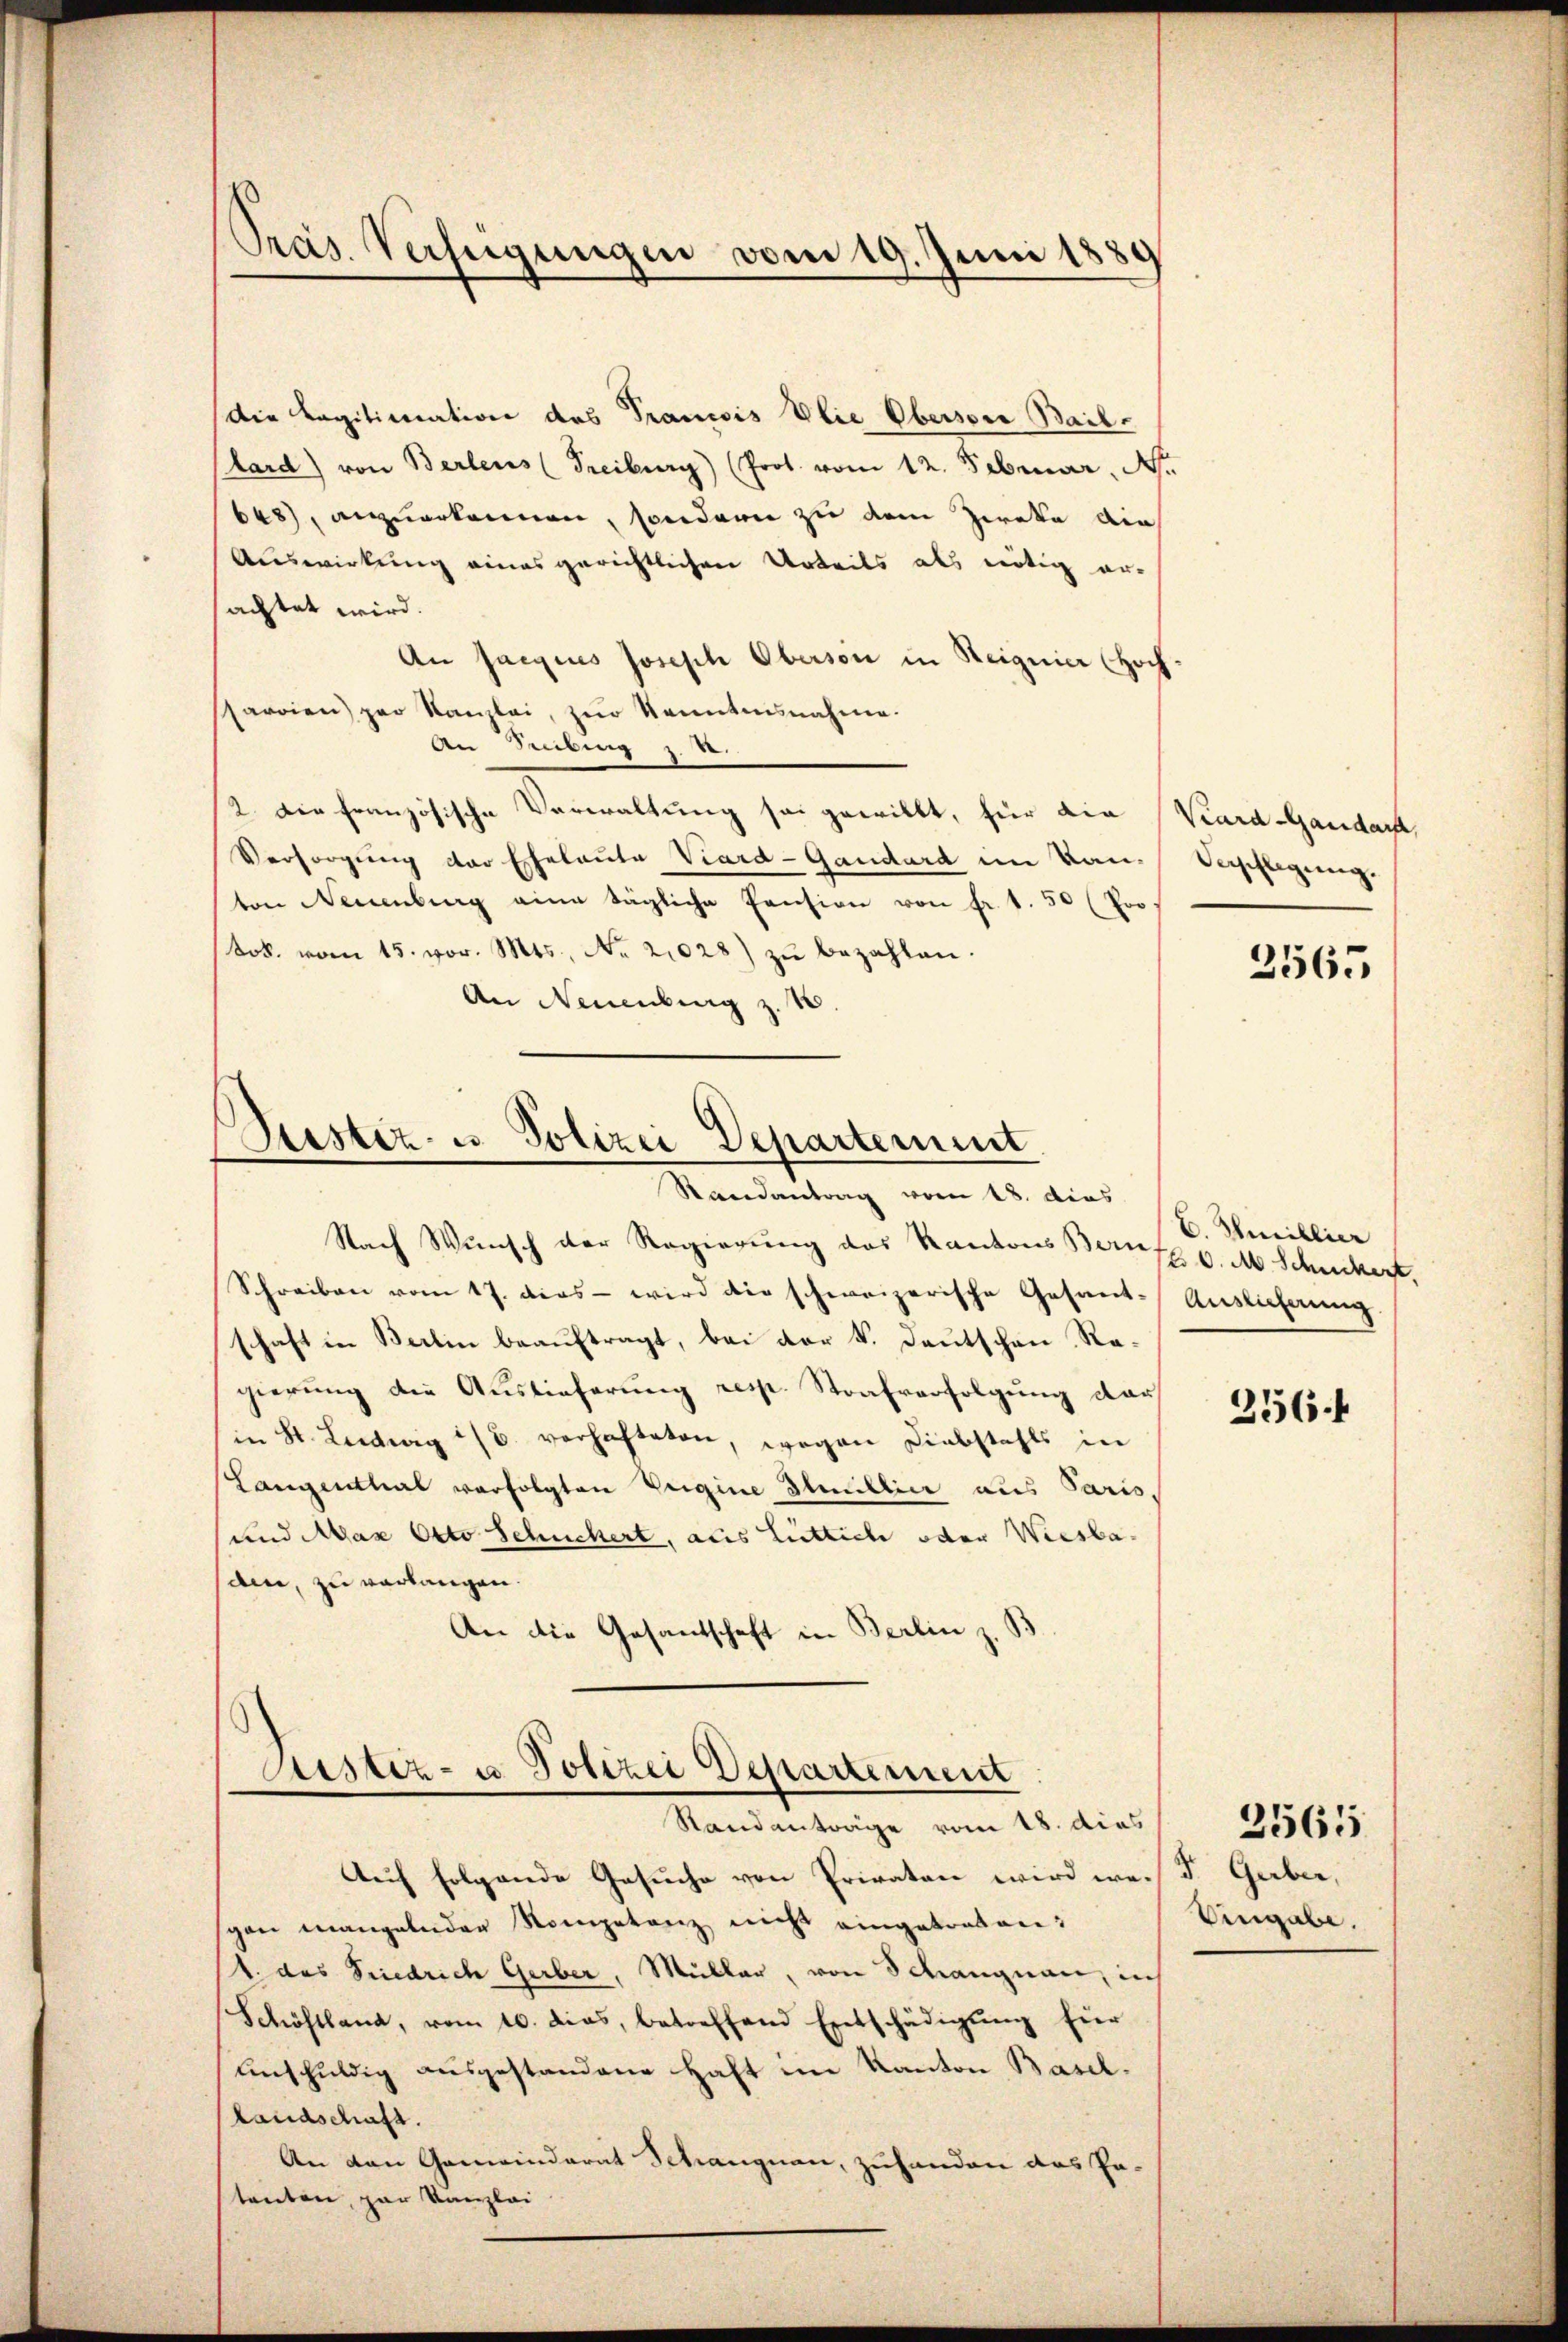
Pras. Verfeigungen vom 19. Juni 1889

Die Legitimation des Prancois Die Obersone Bail-
(ard) von Berlens (Freiburg) (Prot. vom 12. Februar, Nr.
648), anzuerkennen, sondern zu dem Zweke die
Auswirkung eines gerichtlichen Urteils als nötig er-
achtet wird.
An Jacques Joseph Oberson in Heignier (Hochsaroien) per Kanzlei, zur Kenntnisnahme.
An Sebing z. B.
2. Die französische Verwaltung sei gewillt, für die Kard-Gandarf,
Versorgung der Eheleute Viard-Gaudard im Kan- Verpflegung.
ton Neuenburg eine tägliche Pension von fr. 1.50 (Poo
(tob. vom 15. vor. Mts., Nr. 2028 zŭ bezahlen.
An Neuenburg z. B.

Bestiz- u Polizei Departement
Randantrag vom 18. dies

Staef Wunsch der Regierung des Kantons Berufe v. M. Schuckert,
Schreiben vom 17. dies wird die schweizerische Gesant-Auslieferung
schaft in Berlin beauftragt, bei der k. Deutschen Regierung die Auslieferung resp. Strafverfolgung dar
in St. Leidwig 1/6. verhafteten, wegen Diebstahls in
Langenthal verfolgten Vergine Ilmillier aus Paris,
und Max Otto Schuchert, aus Luttich oder Wiesbaain, zu verlangen.
An die Gesantschaft in Berlin z. B

Justiz- u. Polizei Departement
Randantrage vom 18. dies

Auf folgende Gesuche von Privaten wird weis d. Gerber,
gen mangelnder Kompetenz nicht eingetreten:
1. das Friedrich Gerber, Müller, von Schangnau, ins
Schöftland, vom 10. dies, betreffend Entschädigŭng für
unschuldig ausgestandene Haft im Kanton Basel¬
Landschaft.
An den Gemeinderat Schangnau, zuhanden das Pa-
tenten, par Kanzlei

3565

C. Smillier

256 f

Eingabe.

2565